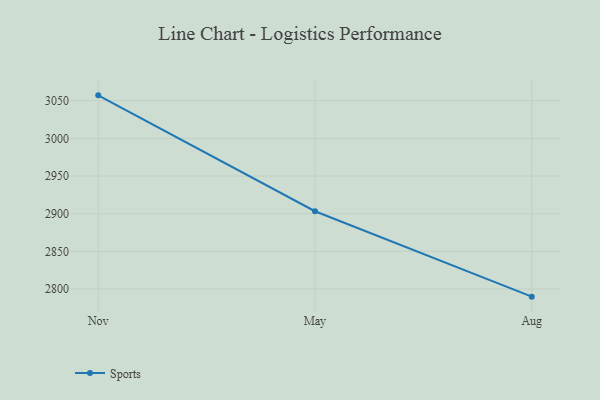
{"axis": {"x": "Month", "y": "Revenue (USD Million)"}, "legend": ["Sports"], "data": [{"x": "Nov", "y": 3057.2, "type": "Sports"}, {"x": "May", "y": 2903.3, "type": "Sports"}, {"x": "Aug", "y": 2789.9, "type": "Sports"}]}